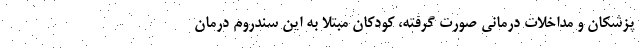
پزشکان و مداخلات درمانی صورت گرفته، کودکان مبتلا به این سندروم درمان